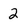
Character: 2